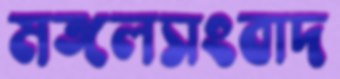
মঙ্গলসংবাদ